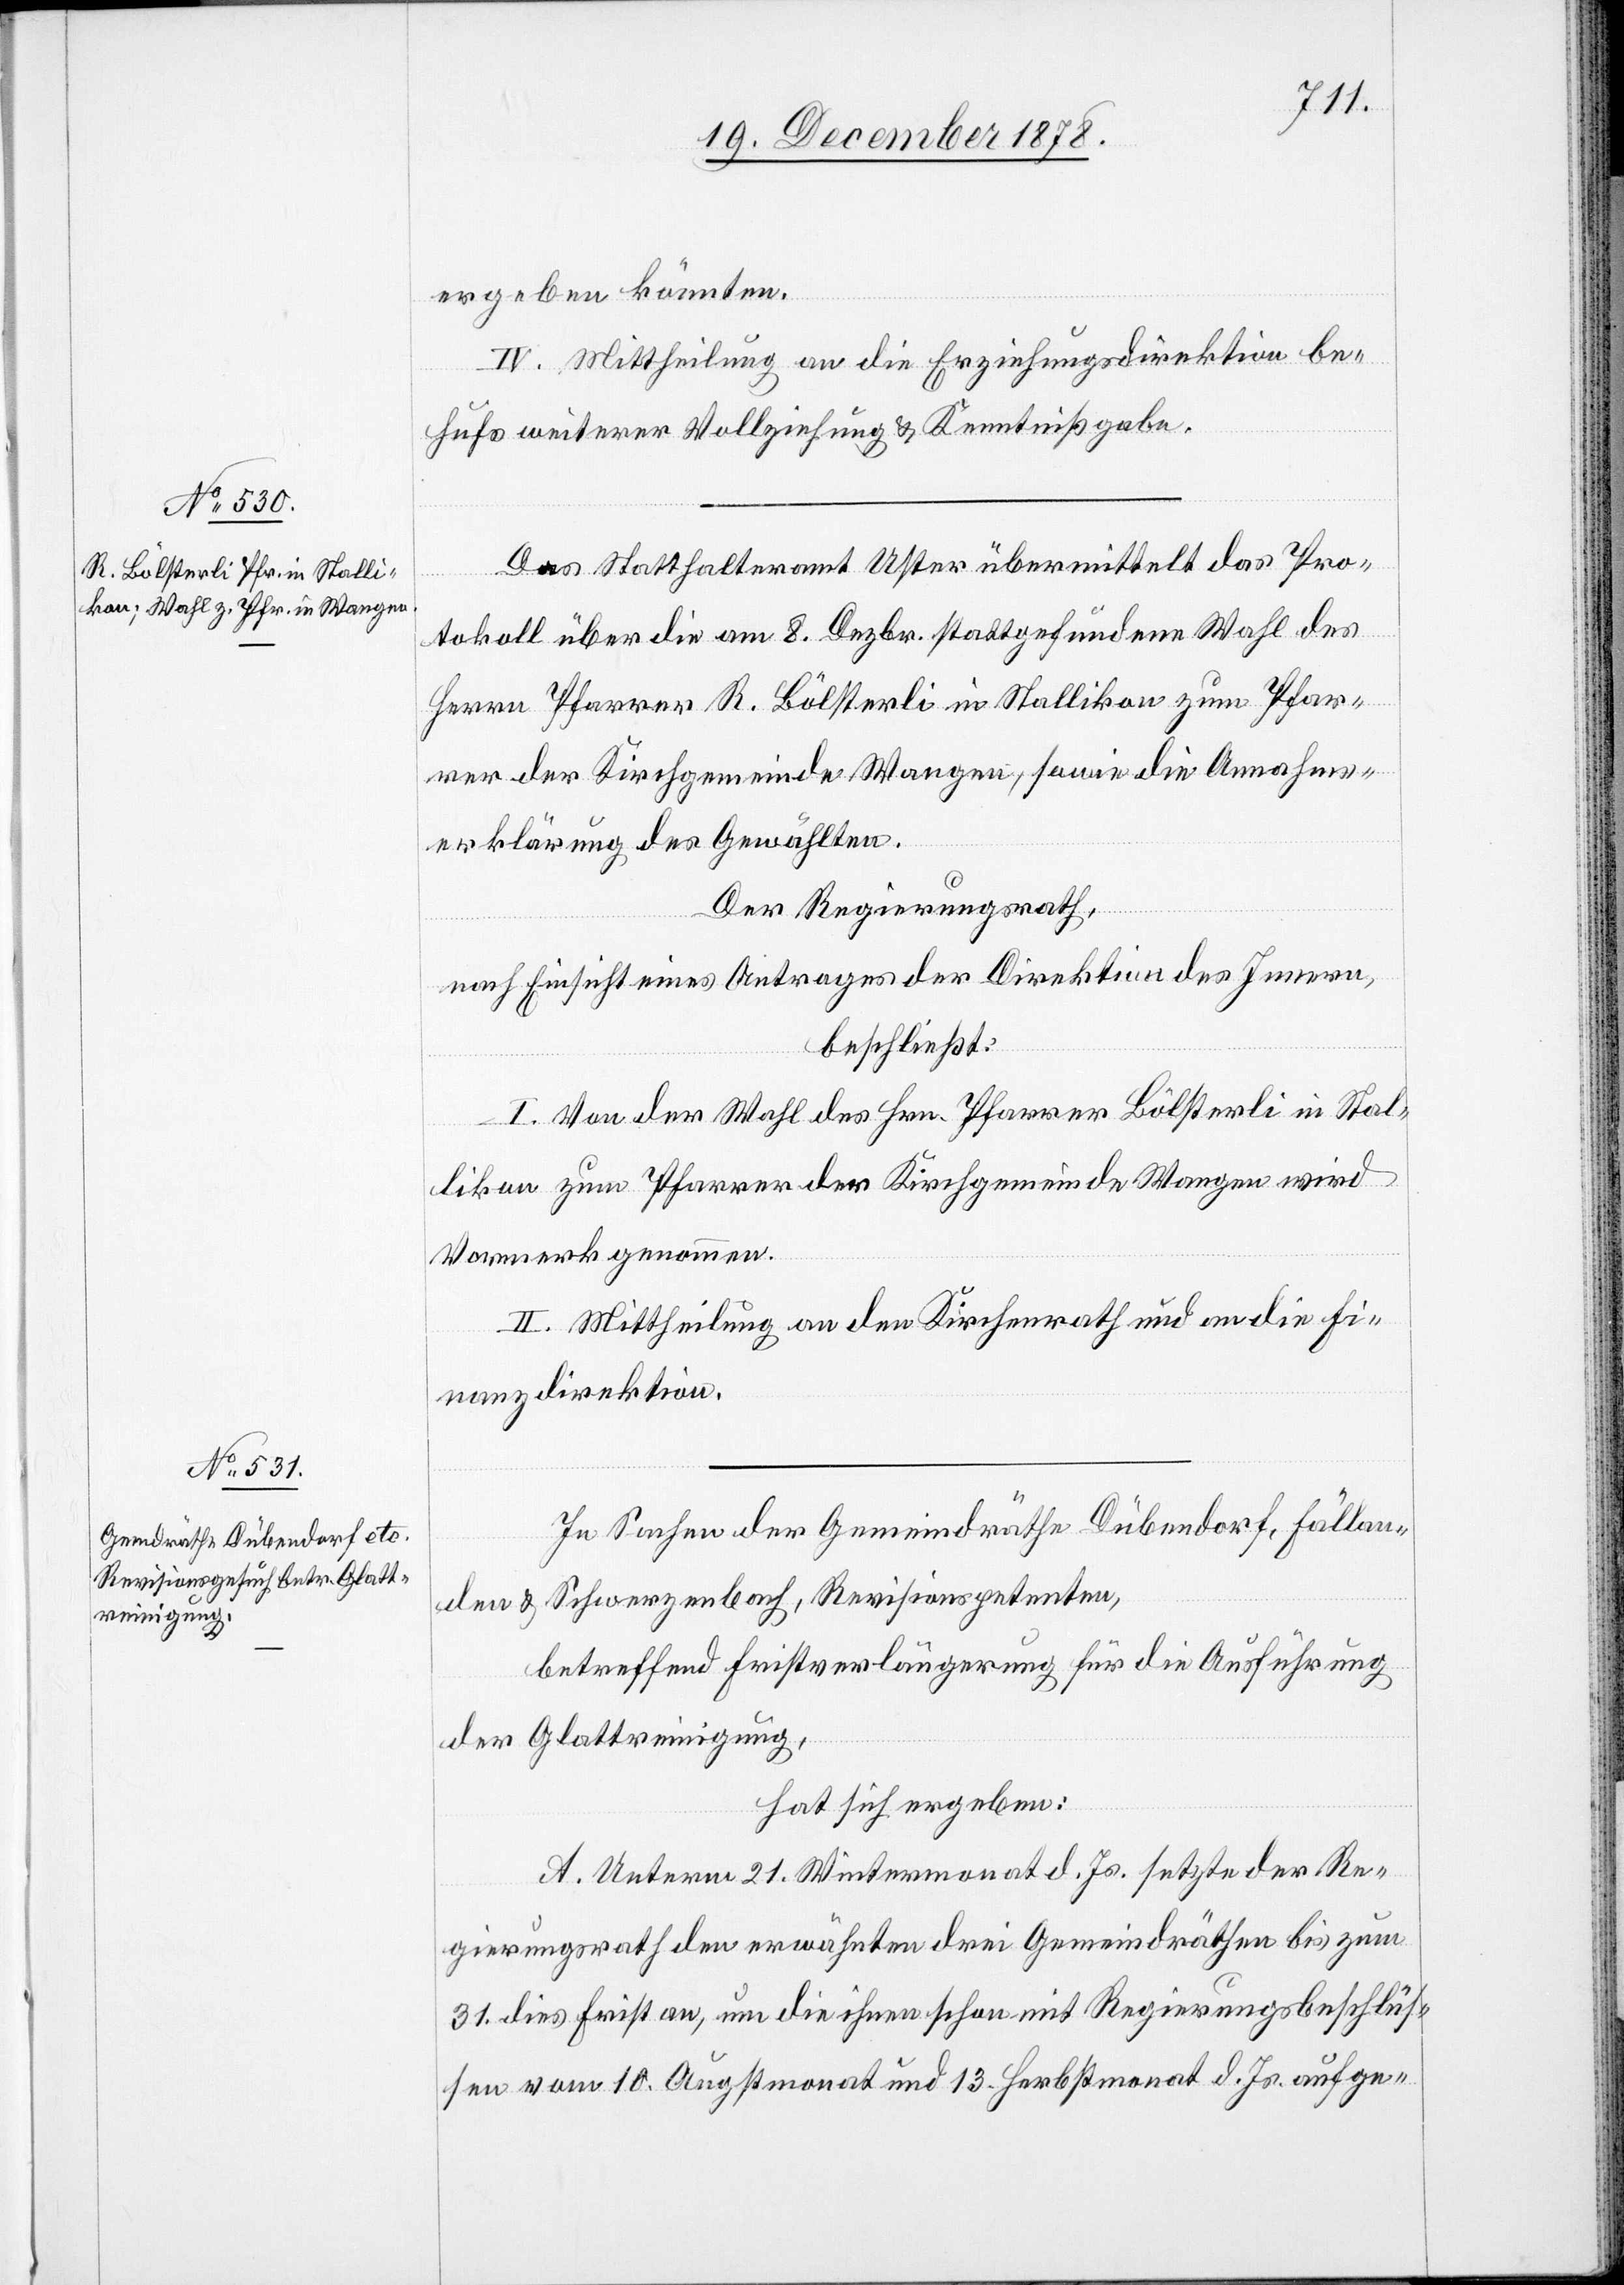
ergeben könnten.
IV. Mittheilung an die Erziehungsdirektion be¬
hufs weiterer Vollziehung & Kenntnißgabe.
Das Statthalteramt Uster übermittelt das Pro¬
tokoll über die am 8. Dezbr. stattgefundene Wahl des
Herrn Pfarrer R. Bölsterli in Stallikon zum Pfar¬
rer der Kirchgemeinde Wangen, sowie die Annahms¬
erklärung des Gewählten.
Der Regierungsrath,
nach Einsicht eines Antrages der Direktion des Innern,
beschließt:
I. Von der Wahl des Hrn. Pfarrer Bölsterli in Stal¬
likon zum Pfarrer der Kirchgemeinde Wangen wird
Vormerk genommen.
II. Mittheilung an den Kirchenrath und an die Fi¬
nanzdirektion.
In Sachen der Gemeindräthe Dübendorf, Fällan¬
den & Schwerzenbach, Revisionspetenten,
betreffend Fristverlängerung für die Ausführung
der Glattreinigung,
hat sich ergeben:
A. Unterm 21. Wintermonat d. Js. setzte der Re¬
gierungsrath den erwähnten drei Gemeindräthen bis zum
31. dies Frist an, um die ihnen schon mit Regierungsbeschlüs¬
sen vom 10. Augstmonat und 13. Herbstmonat d. Js. aufge-